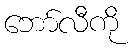
ဘော်လီကို